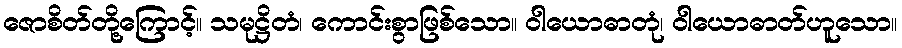
ဇောစိတ်တို့ကြောင့်။ သမုဋ္ဌိတံ၊ ကောင်းစွာဖြစ်သော။ ဝါယောဓာတုံ၊ ဝါယောဓာတ်ဟူသော။